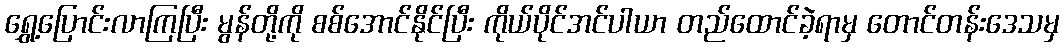
ရွှေ့ပြောင်းလာကြပြီး မွန်တို့ကို စစ်အောင်နိုင်ပြီး ကိုယ်ပိုင်အင်ပါယာ တည်ထောင်ခဲ့ရာမှ တောင်တန်းဒေသမှ